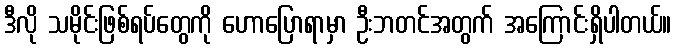
ဒီလို သမိုင်းဖြစ်ရပ်တွေကို ဟောပြောရာမှာ ဦးဘတင်အတွက် အကြောင်းရှိပါတယ်။